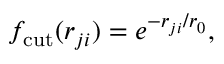
f _ { \mathrm { c u t } } ( r _ { j i } ) = e ^ { - r _ { j i } / r _ { 0 } } ,